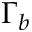
\Gamma _ { b }